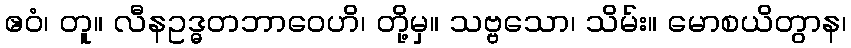
ဧဝံ၊ တူ။ လီနဥဒ္ဓတဘာဝေဟိ၊ တို့မှ။ သဗ္ဗသော၊ သိမ်း။ မောစယိတွာန၊